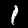
Digit: 1